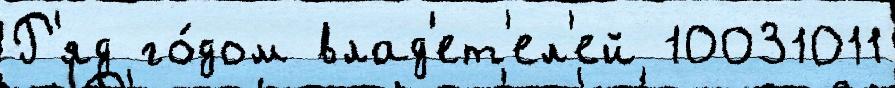
Р'яд го́дом влад'ет'ел'ей 10031011